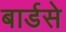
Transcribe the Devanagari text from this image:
बार्डसे